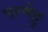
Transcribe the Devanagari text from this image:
परणेट्टु